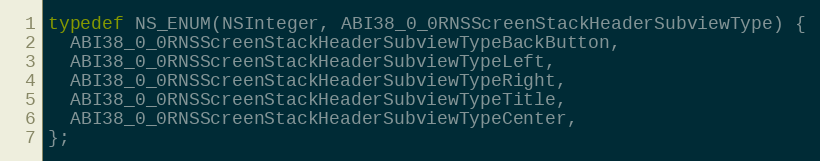
Language: C
typedef NS_ENUM(NSInteger, ABI38_0_0RNSScreenStackHeaderSubviewType) {
  ABI38_0_0RNSScreenStackHeaderSubviewTypeBackButton,
  ABI38_0_0RNSScreenStackHeaderSubviewTypeLeft,
  ABI38_0_0RNSScreenStackHeaderSubviewTypeRight,
  ABI38_0_0RNSScreenStackHeaderSubviewTypeTitle,
  ABI38_0_0RNSScreenStackHeaderSubviewTypeCenter,
};